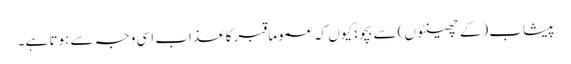
پیشاب (کے چھینٹوں) سے بچو؛ کیوں کہ عموما قبر کا عذاب اسی وجہ سے ہوتا ہے۔